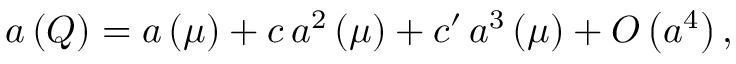
a \left( Q \right) = a \left( \mu \right) + c \, a ^ { 2 } \left( \mu \right) + c ^ { \prime } \, a ^ { 3 } \left( \mu \right) + O \left( a ^ { 4 } \right) ,